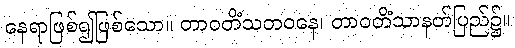
နေရာဖြစ်၍ဖြစ်သော။ တာဝတိံသဘဝနေ၊ တာဝတိံသာနတ်ပြည်၌။